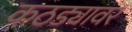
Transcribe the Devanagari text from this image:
कठड्यावर